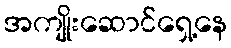
အကျိုးဆောင်ရှေ့နေ